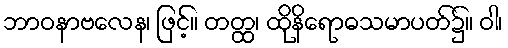
ဘာဝနာဗလေန၊ ဖြင့်။ တတ္ထ၊ ထိုနိရောဓသမာပတ်၌။ ဝါ၊